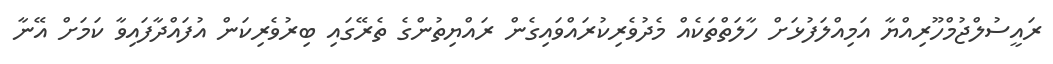
ރައީސުލްޖުމްހޫރިއްޔާ އަމިއްލަފުޅަށް ހާލަތްތަކެއް މެދުވެރިކުރައްވައިގެން ރައްޔިތުންގެ ތެރޭގައި ބިރުވެރިކަން އުފައްދާފައިވާ ކަމަށް އޭނާ